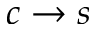
c \to s